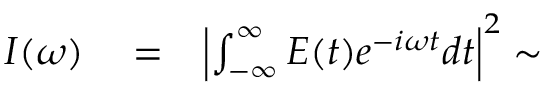
\begin{array} { r l r } { I ( \omega ) } & { { } = } & { \left| \int _ { - \infty } ^ { \infty } E ( t ) e ^ { - i \omega t } d t \right| ^ { 2 } \sim } \end{array}